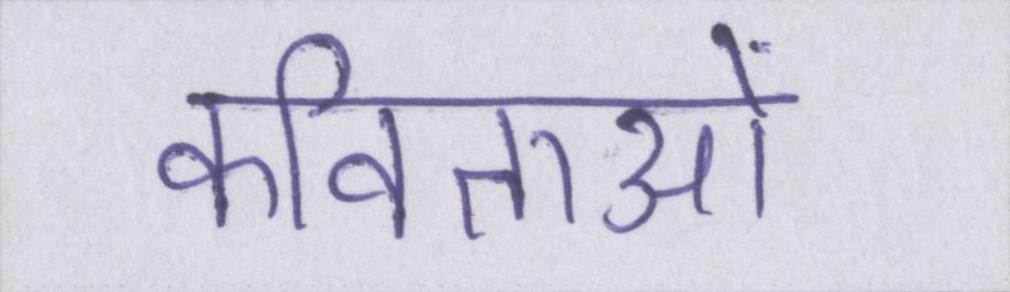
कविताओं